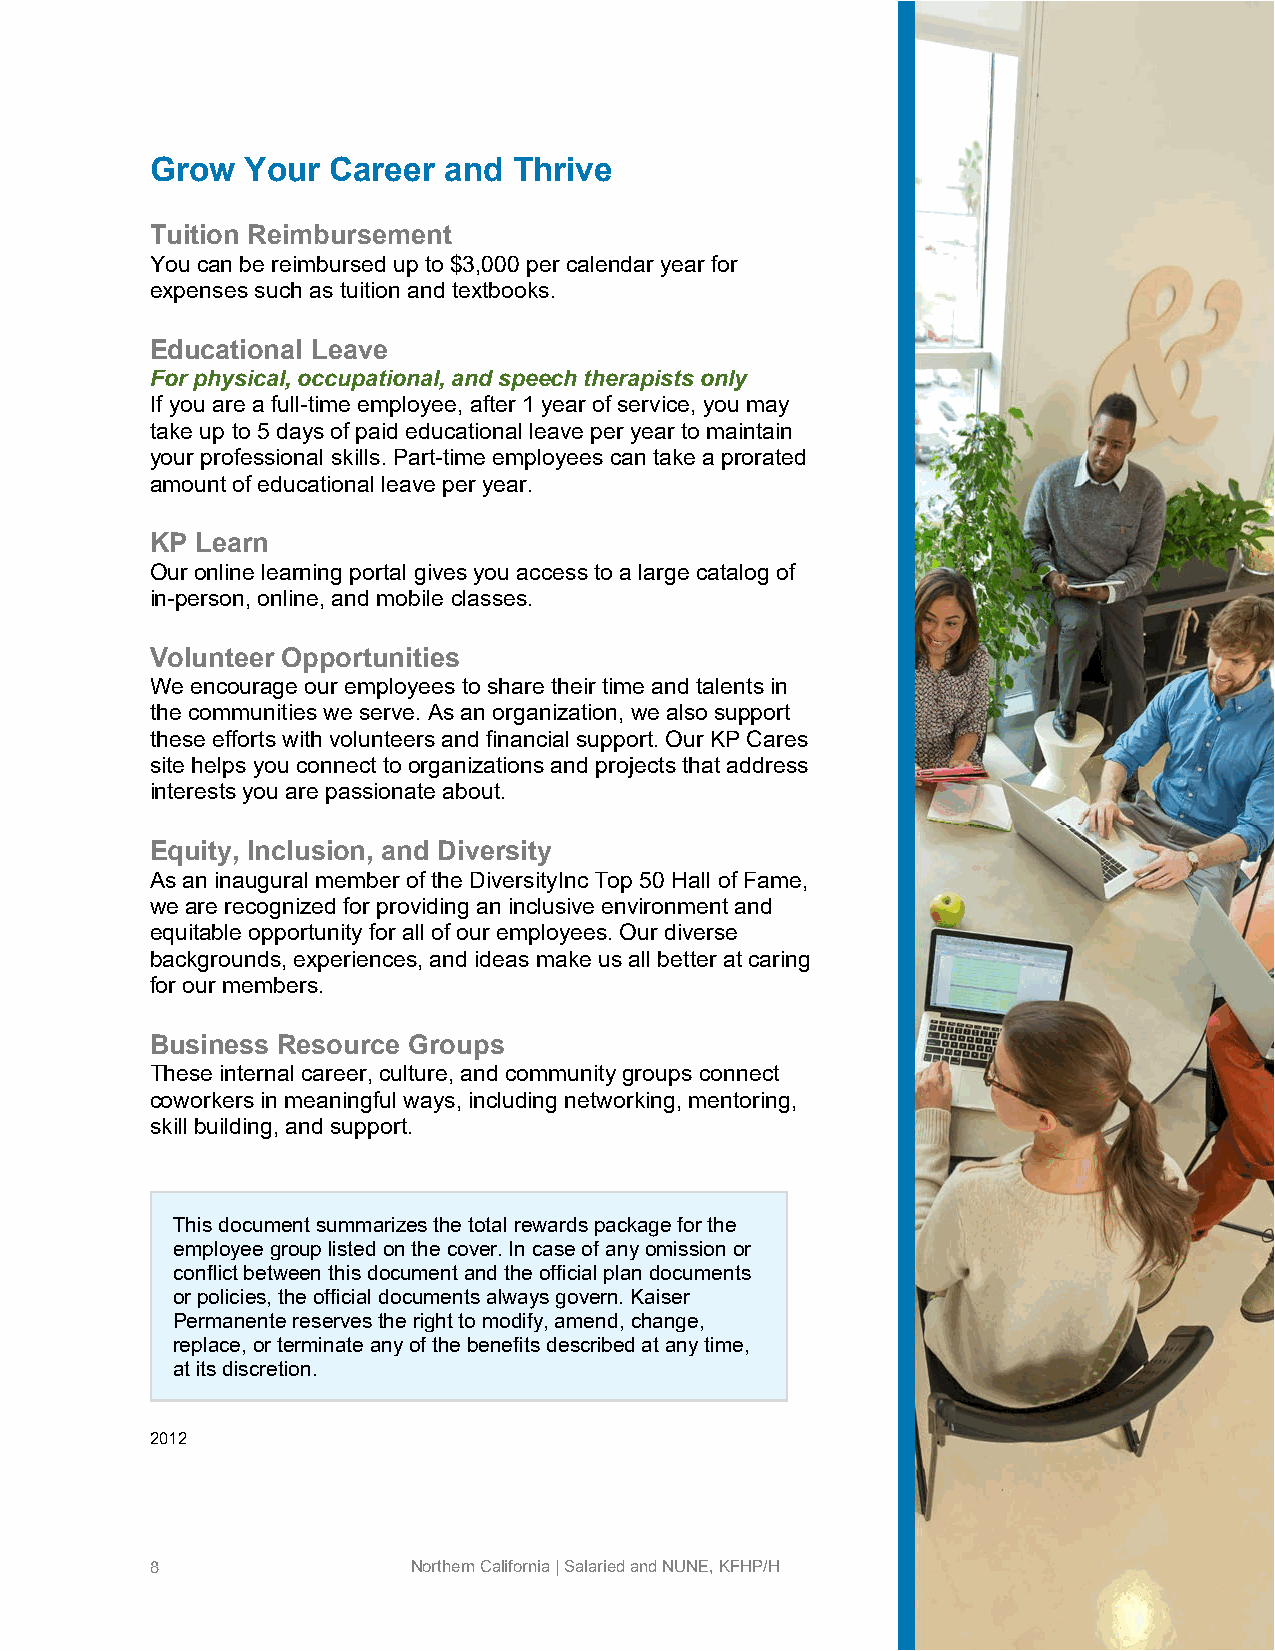
Grow  Your  Career and  Thrive
 Tuition Reimbursement
 You can be reimbursed up to $3,000 per calendar year for
 expenses such as tuition and textbooks.
 Educational Leave
 For physical, occupational, and speech therapists only
 If you are a full-time employee, after 1 year of service, you may
 take up to 5 days of paid educational leave per year to maintain
 your professional skills. Part-time employees can take a prorated
 amount of educational leave per year.
 KP Learn
 Our online learning portal gives you access to a large catalog of
 in-person, online, and mobile classes.
 Volunteer Opportunities
 We encourage our employees to share their time and talents in
 the communities we serve. As an organization, we also support
 these efforts with volunteers and financial support. Our KP Cares
 site helps you connect to organizations and projects that address
 interests you are passionate about.
 Equity, Inclusion, and Diversity
 As an inaugural member of the DiversityInc Top 50 Hall of Fame,
 we are recognized for providing an inclusive environment and
 equitable opportunity for all of our employees. Our diverse
 backgrounds, experiences, and ideas make us all better at caring
 for our members.
 Business Resource Groups
 These internal career, culture, and community groups connect
 coworkers in meaningful ways, including networking, mentoring,
 skill building, and support.
 This document summarizes the total rewards package for the
 employee group listed on the cover. In case of any omission or
 conflict between this document and the official plan documents
 or policies, the official documents always govern. Kaiser
 Permanente reserves the right to modify, amend, change,
 replace, or terminate any of the benefits described at any time,
 at its discretion.
 2012
 8                Northern California | Salaried and NUNE, KFHP/H